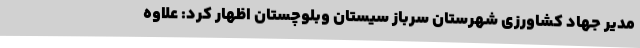
مدیر جهاد کشاورزی شهرستان سرباز سیستان وبلوچستان اظهار کرد: علاوه